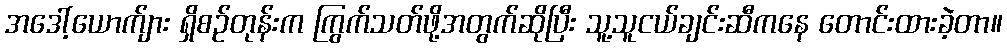
အဒေါ့်ယောက်ျား ရှိစဉ်တုန်းက ကြွက်သတ်ဖို့အတွက်ဆိုပြီး သူ့သူငယ်ချင်းဆီကနေ တောင်းထားခဲ့တာ။